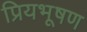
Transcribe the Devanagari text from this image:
प्रियभूषण